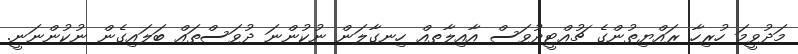
މަދުވީމަ ހުރިހާ ރައްޔިތުންގެ ޗުއްޓީދުވަސް އާއިލާތއް ހިނގާލަން ނުކުންނަ ދުވަސްތައް ބަލައިގެން ނުކުންނަނީ.